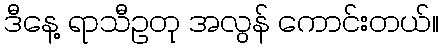
ဒီနေ့ ရာသီဥတု အလွန် ကောင်းတယ်။